Malaria in the Andamans - Number 56
Disease focus: Malaria
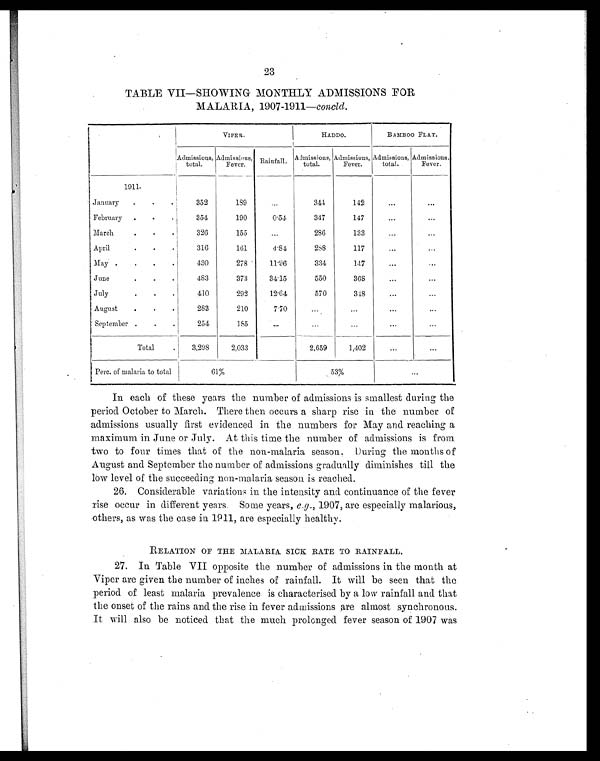
23
TABLE VII—SHOWING MONTHLY ADMISSIONS FOR
MALARIA, 1907-1911— concld.
VIPER.
HADDO.
BAMBOO FLAT.
Admissions,
total.
Admissions,
Fever.
Rainfall.
A d m i s s i o n s ,
total.
Admissions,
Fever.
Admissions,
total.
Admissions,
Fever.
1911.
January
.
.
.
352
189
...
341
142
. . .
...
February
.
.
.
354
190
0.54
347
147
. . .
...
March
. . .
326
155
...
286
133
...
...
April
.
. .
316
161
4.84
288
117
...
...
May .
.
.
.
430
278
11.96
334
147
. . .
...
June
.
. .
483
373
34.15
550
368
...
...
July
. . .
410
292
12.64
570
348
... ...
August
.
.
.
283
210
7.70
...
...
... ...
September .
.
.
254
185
...
...
...
...
...
Total
.
3,298
2,033
2,659
1,402
... ...
Perc. of malaria to total
61%
53%
...
In each of these years the number of admissions is smallest during the
period October to March. There then occurs a sharp rise in the number of
admissions usually first evidenced in the numbers for May and reaching a
maximum in June or July. At this time the number of admissions is from
two to four times that of the non-malaria season. During the months of
August and September the number of admissions gradually diminishes till the
low level of the succeeding non-malaria season is reached.
26.
Considerable variations in the intensity and continuance of the fever
rise occur in different years. Some years, e.g., 1907, are especially malarious,
others, as was the case in 1911, are especially healthy.
RELATION OF THE MALARIA SICK RATE TO RAINFALL.
27.
In Table VII opposite the number of admissions in the month at
Viper are given the number of inches of rainfall. It will be seen that the
period of least malaria prevalence is characterised by a low rainfall and that
the onset of the rains and the rise in fever admissions are almost synchronous.
It will also be noticed that the much prolonged fever season of 1907 was